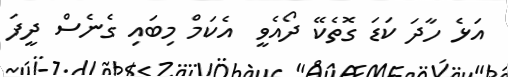
އަޅެ ހާދަ ކަޑަ ގޮތެކޭ ދޯއެވީ  އެކަމް މިބައި ގެނެސް ދީފަ